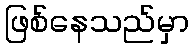
ဖြစ်နေသည်မှာ